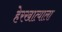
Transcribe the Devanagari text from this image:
हेरखात्याला